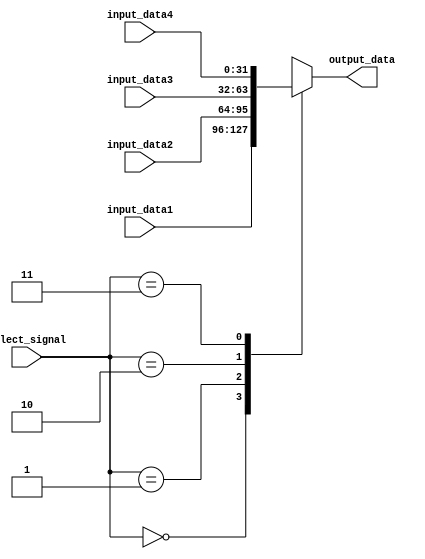
`timescale 1ns / 1ns
module selector_for4(//z
input [1:0]select_signal,input [31:0] input_data1,input [31:0] input_data2,input [31:0] input_data3,input [31:0] input_data4,output [31:0]output_data); 
wire [31:0]select[3:0];assign select[0]=input_data1;assign select[1]=input_data2;
assign select[2]=input_data3;assign select[3]=input_data4;assign output_data=select[select_signal];endmodule